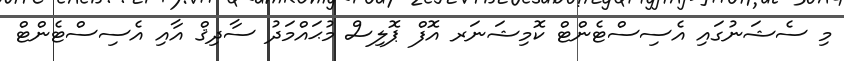
މި ސެޝަނުގައި އެސިސްޓެންޓް ކޮމިޝަނަރ އޮފް ޕޮލިސް މުޙައްމަދު ސާދިޤް އާއި އެސިސްޓެންޓް